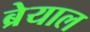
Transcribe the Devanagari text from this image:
ब्रेयाल